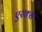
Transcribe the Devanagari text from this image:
एरक्स